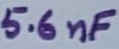
Text: 5.6nF